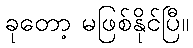
ခုတော့ မဖြစ်နိုင်ပြီ။